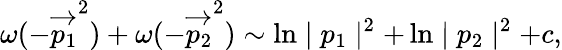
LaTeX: \omega(-\overrightarrow{p_{1}}^{2})+\omega(-\overrightarrow{p_{2}}^{2})\sim\ln\mid p_{1}\mid^{2}+\ln\mid p_{2}\mid^{2}+c,